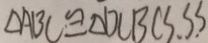
\Delta A B C \cong \Delta D C B C S , S S